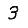
Digit: 3